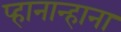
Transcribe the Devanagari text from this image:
प्हानान्हाना